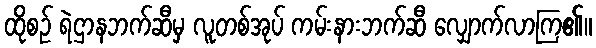
ထိုစဉ် ရဲဌာနဘက်ဆီမှ လူတစ်အုပ် ကမ်းနားဘက်ဆီ လျှောက်လာကြ၏။